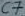
Text: C7